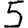
Digit: 5